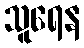
သူရေန